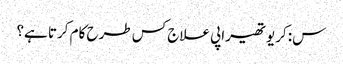
س: کریوتھیراپی علاج کس طرح کام کرتا ہے؟